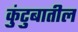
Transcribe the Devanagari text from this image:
कुंटुबातील